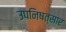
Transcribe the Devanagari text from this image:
उपनिषत्सार